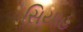
સિયાહ